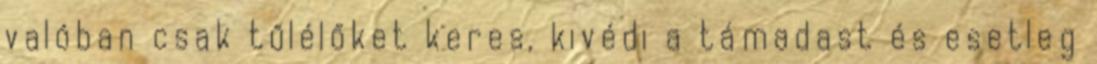
valóban csak tűlélőket keres, kivédi a támadast és esetleg